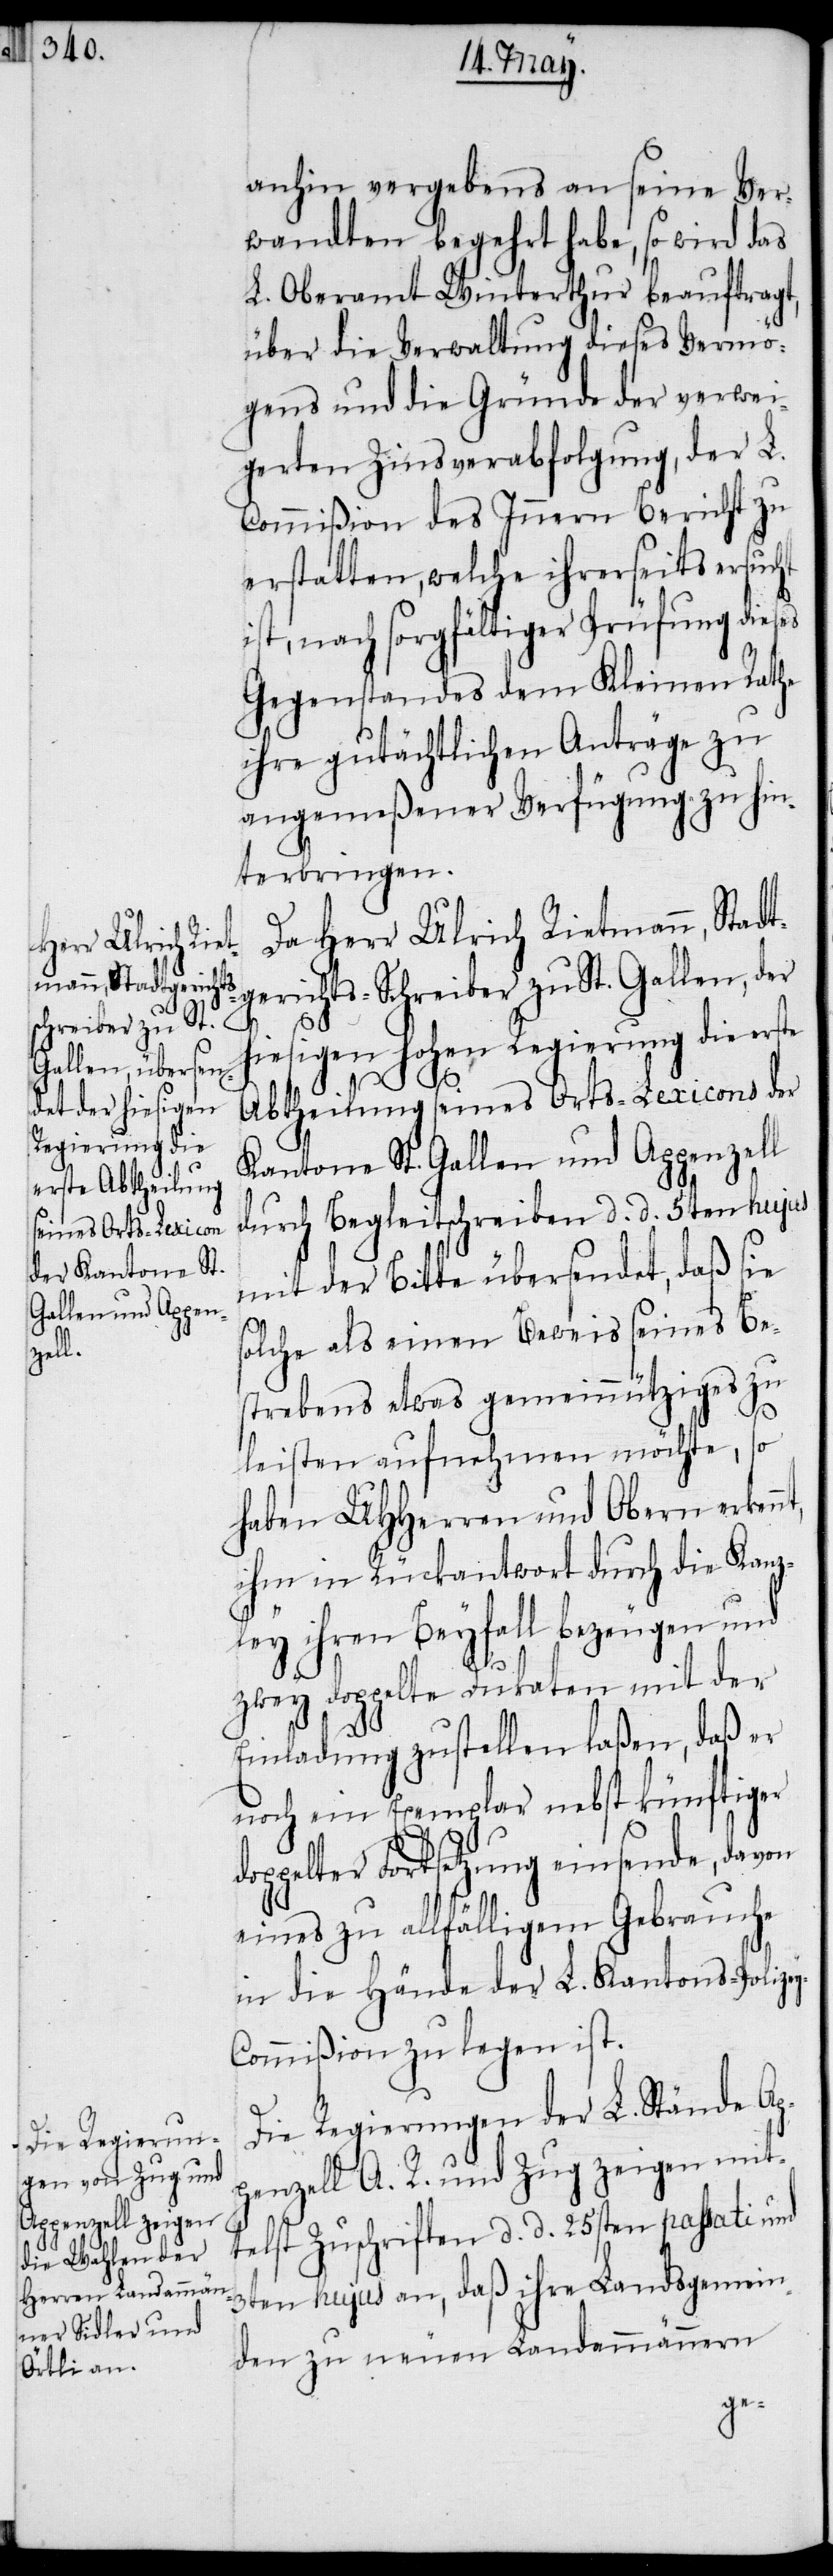
anhin vergebens an seine Ver¬
wandten begehrt habe, so wird das
L. Oberamt Winterthur beauftragt,
über die Verwaltung dieses Vermö¬
gens und die Gründe der verwei¬
gerten Zinsverabfolgung, der L.
Commißion des Innern Bericht zu
erstatten, welche ihrerseits ersucht
ist, nach sorgfältiger Prüfung dieses
Gegenstandes dem Kleinen Rathe
ihre gutächtlichen Anträge zu
angemeßener Verfügung zu hin¬
terbringen.
Da Herr Ulrich Rietmann, Stadt¬
gerichts-Schreiber zu St. Gallen, der
y-C¬
hiesigen hohen Regierung die erste
Abtheilung seines Orts-Lexicons der
Kantone St. Gallen und Appenzell
durch Begleitschreiben d. d. 5ten hujus
mit der Bitte übersendet, daß sie
olche als einen Beweis seines Bes¬
trebens
leisten aufnehmen möchte, so
haben UHHerren und Obern erken¬
ihm in Rückantwort durch die Kanz¬
ley ihren Beyfall bezeugen und
zwey doppelte Dukaten mit der
Einladung zustellen [zu] laßen,
noch ein Exemplar nebst künftiger
ppelter Fortsetzung einsende, davon
eines zu allfälligem Gebrauche
in die Hände der L. Kantons-Polize¬
ommißion zu legen ist.
Die Regierungen der L. Stände Ap¬
penzell A. R. und Zug zeigen mit¬
telst Zuschriften d. d. 25sten passati und
nt,
3ten hujus an, daß ihre Landsgemein¬
den zu neuen Landammännern
do¬